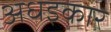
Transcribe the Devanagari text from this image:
अधइकार